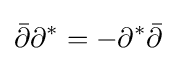
{\bar {\partial }}\partial ^{*}=-\partial ^{*}{\bar {\partial }}